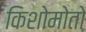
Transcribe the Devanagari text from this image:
किशोमोतो